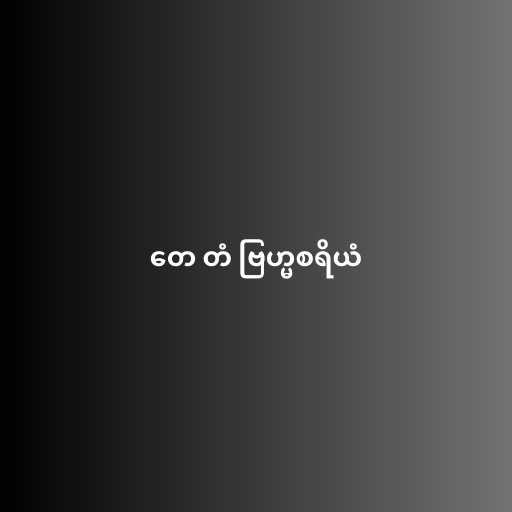
တေ တံ ဗြဟ္မစရိယံ